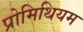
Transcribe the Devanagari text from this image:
प्रोमिथियम